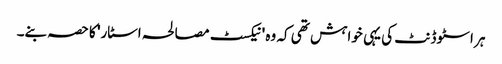
ہر اسٹوڈنٹ کی یہی خواہش تھی کہ وہ 'نیکسٹ مصالحہ اسٹار' کا حصہ بنے۔